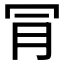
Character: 𣍟